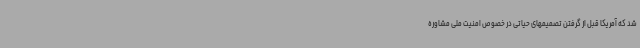
شد که آمریکا قبل از گرفتن تصمیمهای حیاتی در خصوص امنیت ملی مشاوره